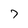
Character: 7